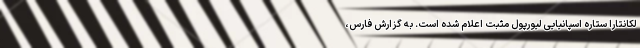
لکانتارا ستاره اسپانیایی لیورپول مثبت اعلام شده است. به گزارش فارس،